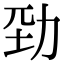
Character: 𠡕